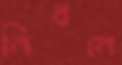
নিধনে